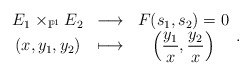
\begin{align*}\begin{array}{ccc} E_1\times_{\mathbb{P}^1}E_2 & \longrightarrow & F(s_1,s_2)=0 \\ (x,y_1,y_2) & \longmapsto & \displaystyle\left(\frac{y_1}{x},\frac{y_2}{x}\right)\end{array}.\end{align*}